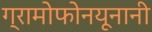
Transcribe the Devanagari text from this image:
ग्रामोफोनयूनानी